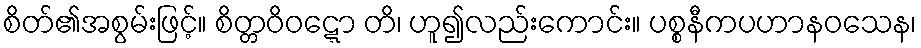
စိတ်၏အစွမ်းဖြင့်။ စိတ္တဝိဝဋ္ဋော တိ၊ ဟူ၍လည်းကောင်း။ ပစ္စနီကပဟာနဝသေန၊